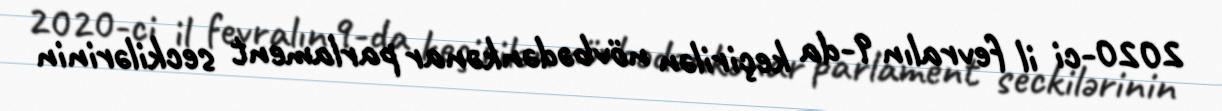
2020-ci il fevralın 9-da keçirilən növbədənkənar parlament seckilərinin